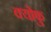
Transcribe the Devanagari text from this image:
क्योफु